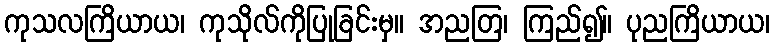
ကုသလကြိယာယ၊ ကုသိုလ်ကိုပြုခြင်းမှ။ အညတြ၊ ကြည်၍။ ပုညကြိယာယ၊